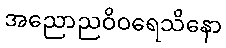
အညောညဝိဝရေသိနော